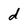
Character: d